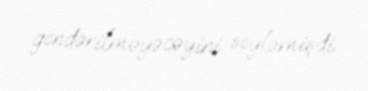
göndərilməyəcəyini söyləmişdi.